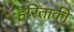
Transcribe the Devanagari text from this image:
हरिताकी